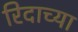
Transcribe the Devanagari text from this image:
रिदाच्या